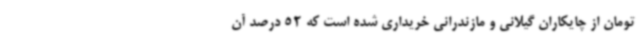
تومان از چایکاران گیلانی و مازندرانی خریداری شده است که 52 درصد آن